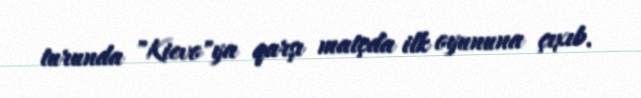
turunda "Kievo"ya qarşı matçda ilk oyununa çıxıb.